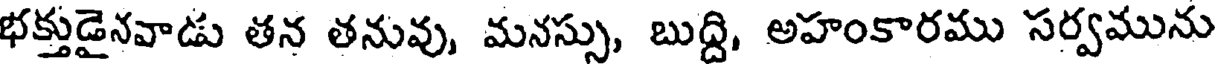
భక్తుడైనవాడు తన తనువు, మనస్సు, బుద్ది, అహంకారము సర్వమును